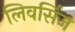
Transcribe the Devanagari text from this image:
लिवर्सिज